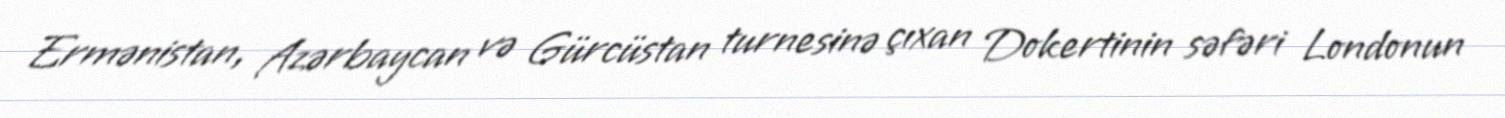
Ermənistan, Azərbaycan və Gürcüstan turnesinə çıxan Dokertinin səfəri Londonun